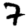
Digit: 7